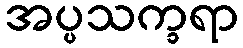
အပ္ပသက္ခရာ